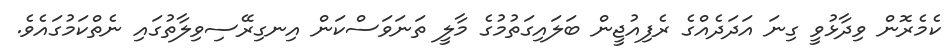
ކެމެރޮން ވިދާޅުވީ ގިނަ އަދަދެއްގެ ރެފިއުޖީން ބަލައިގަތުމުގެ މާލީ ތަނަވަސްކަން އިނގިރޭސިވިލާތުގައި ނެތްކަމުގައެވެ.